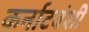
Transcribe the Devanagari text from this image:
कर्नाटवंशी